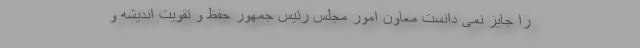
را جایز نمی دانست معاون امور مجلس رئیس جمهور حفظ و تقویت اندیشه و